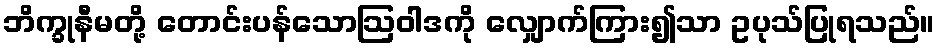
ဘိက္ခုနီမတို့ တောင်းပန်သောဩဝါဒကို လျှောက်ကြား၍သာ ဥပုသ်ပြုရသည်။